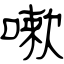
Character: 嗽